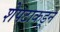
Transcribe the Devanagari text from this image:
शेपटाकडून